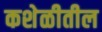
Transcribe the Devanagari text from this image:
कशेळीतील